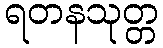
ရတနသုတ္တ